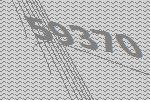
59370